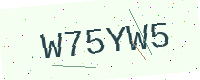
Text: W75YW5